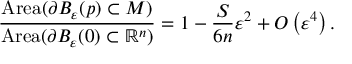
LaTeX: { \frac { \operatorname { A r e a } ( \partial B _ { \varepsilon } ( p ) \subset M ) } { \operatorname { A r e a } ( \partial B _ { \varepsilon } ( 0 ) \subset { \mathbb { R } } ^ { n } ) } } = 1 - { \frac { S } { 6 n } } \varepsilon ^ { 2 } + O \left( \varepsilon ^ { 4 } \right) .